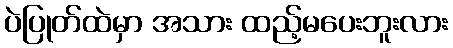
ပဲပြုတ်ထဲမှာ အသား ထည့်မပေးဘူးလား